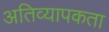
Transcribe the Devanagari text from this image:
अतिव्यापकता